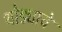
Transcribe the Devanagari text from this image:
थोड्याचे